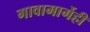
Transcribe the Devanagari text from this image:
गावामार्गेही